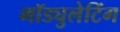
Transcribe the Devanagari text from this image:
मॉड्युलेटिंग